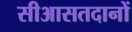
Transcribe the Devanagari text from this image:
सीआसतदानों